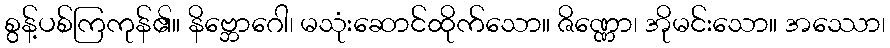
စွန့်ပစ်ကြကုန်၏။ နိဗ္ဘောဂေါ၊ မသုံးဆောင်ထိုက်သော။ ဇိဏ္ဏော၊ အိုမင်းသော။ အဿော၊